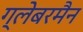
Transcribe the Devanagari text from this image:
ग्लेबरमैन